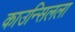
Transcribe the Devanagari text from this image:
काउन्सिलला